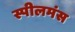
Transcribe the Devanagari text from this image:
स्पीलमंस